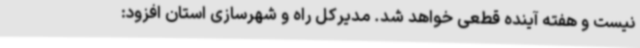
نیست و هفته آینده قطعی خواهد شد. مدیرکل راه و شهرسازی استان افزود: